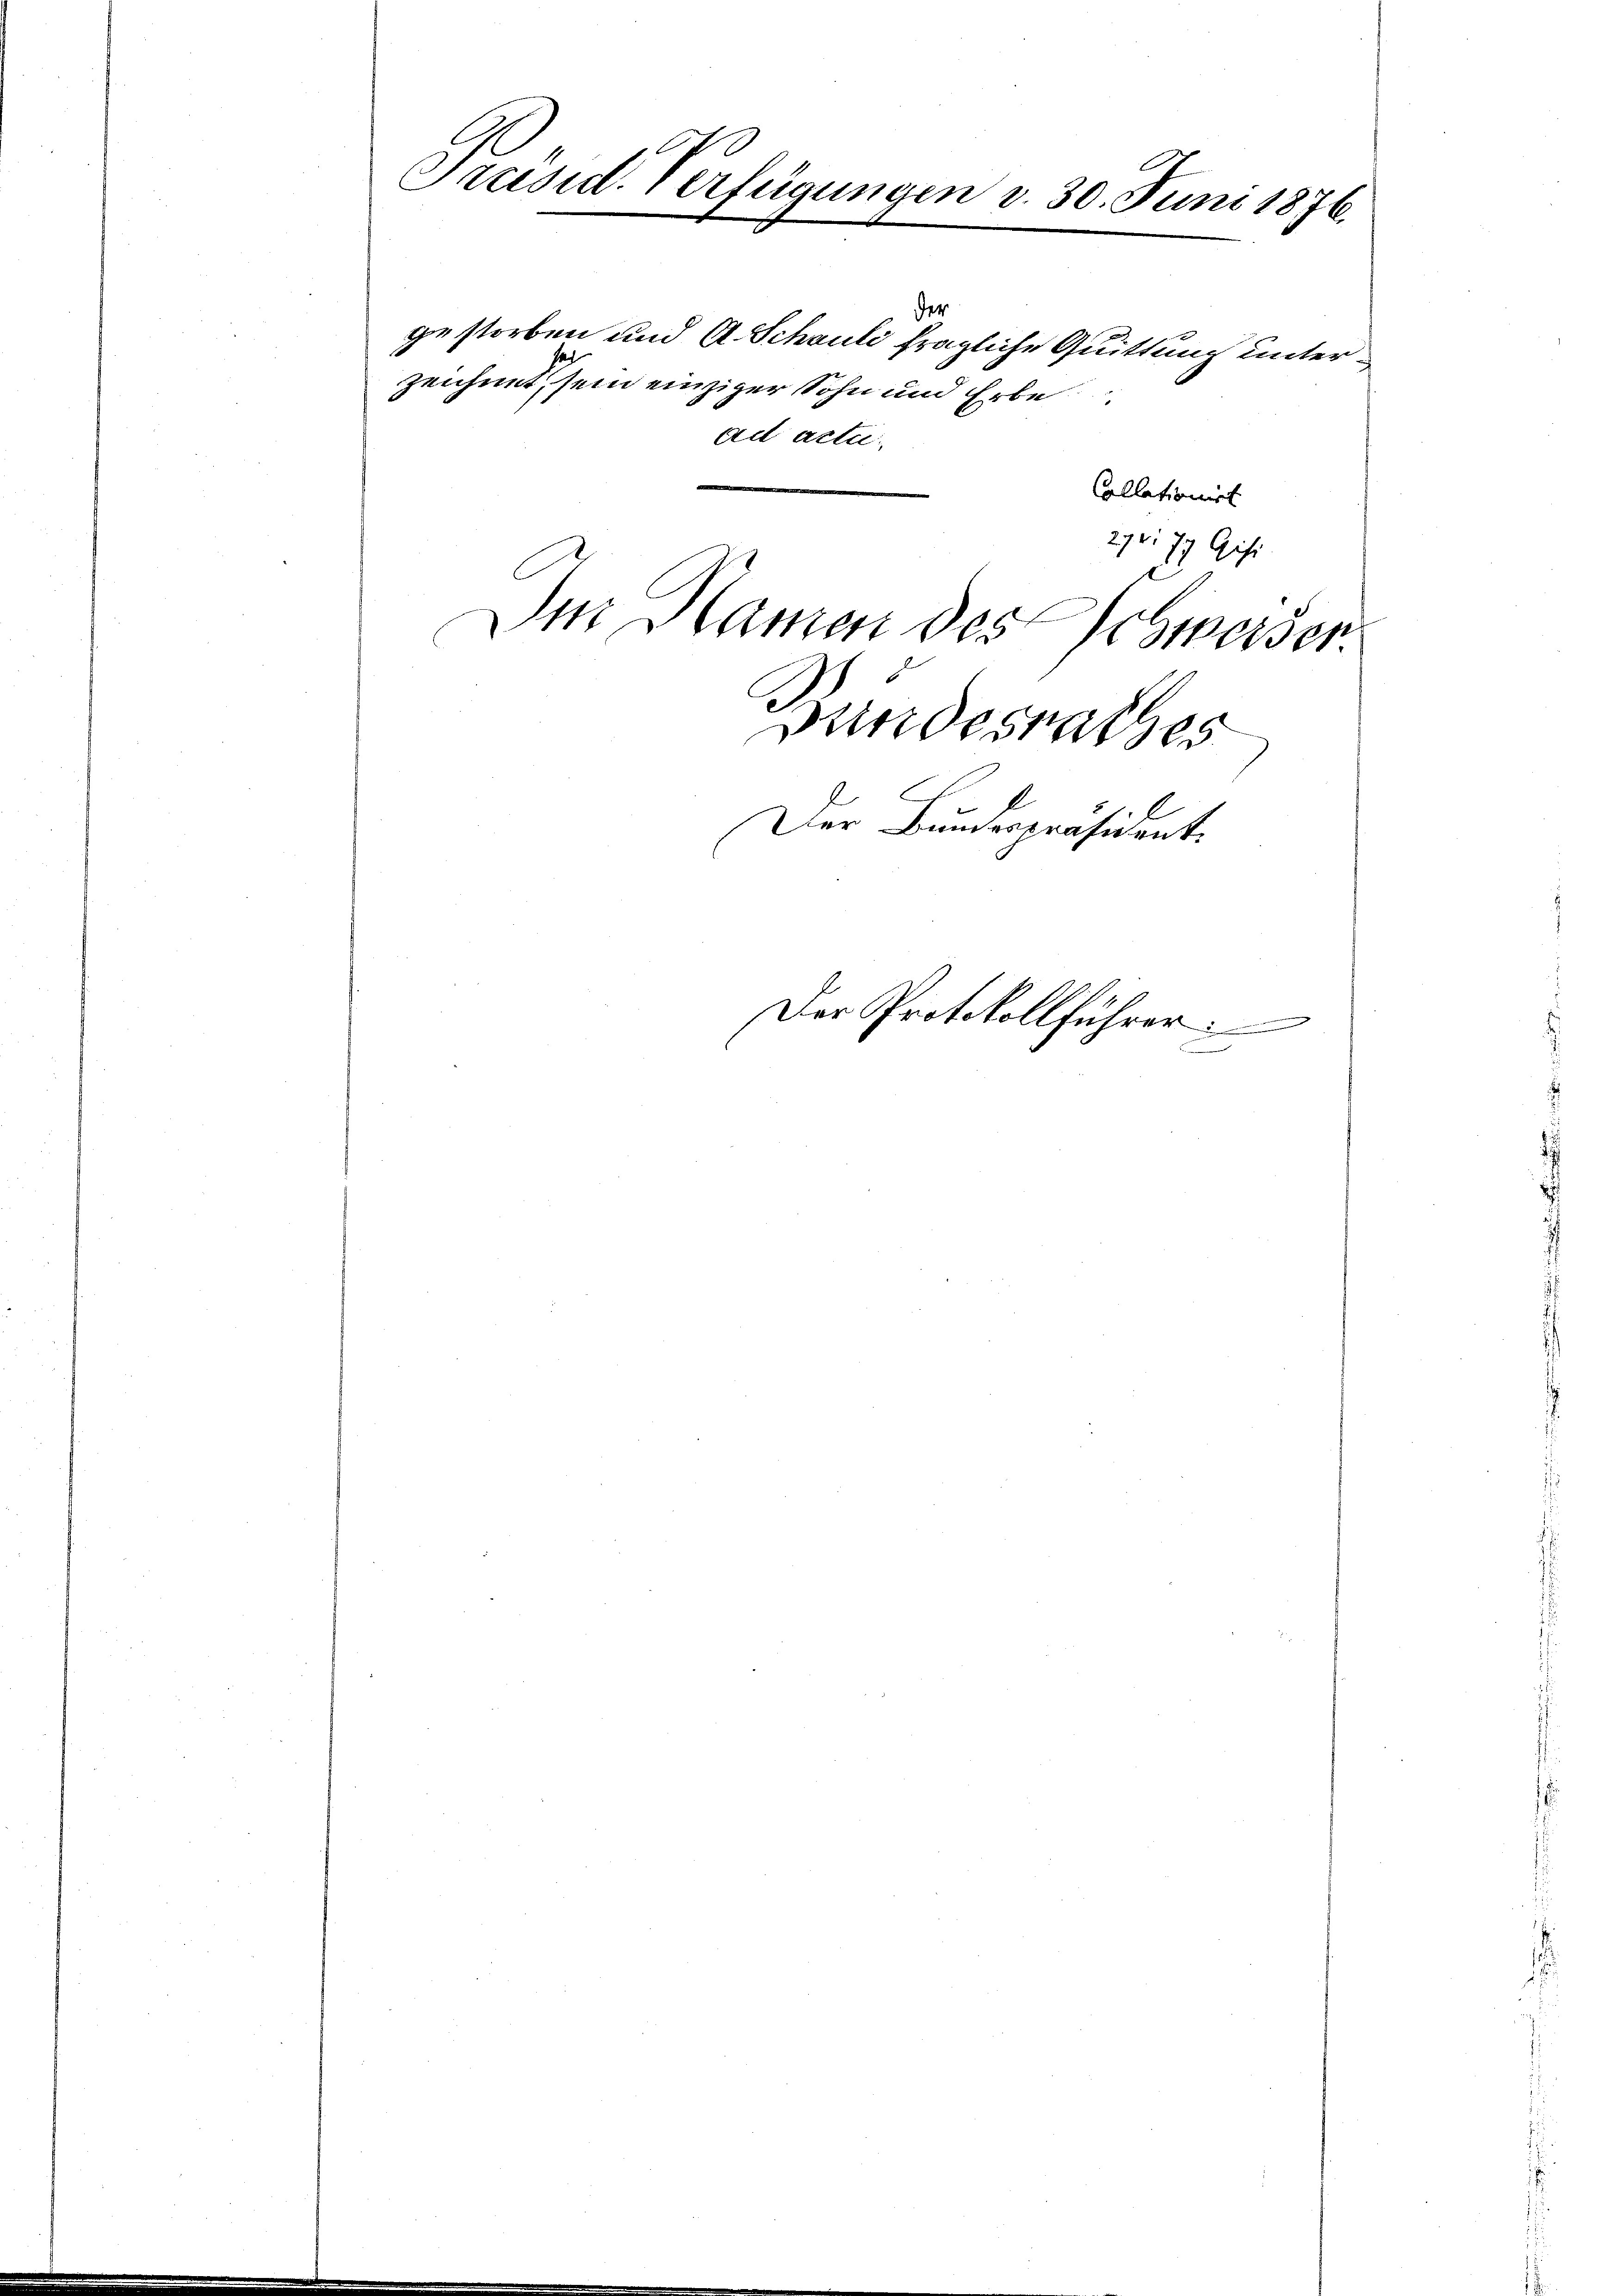
Präsid. Verfügungen d. 30. Juni 1876.

der
gestorben und A. Schauli fragliche Quittung unterzeichnet, sein einziger Sohn und Erbe
ad acti
Collationirt
2.r. 79 Gisi
Im Namen des Schweiser
Bundesrathes
Der Bundespräsident.

Der Protokollführer: